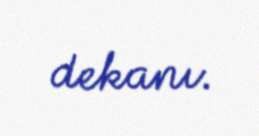
dekanı.